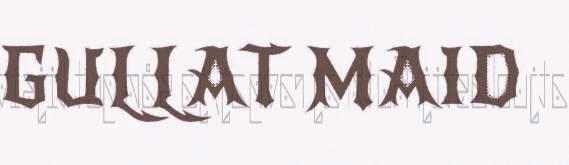
GULLAT MAID